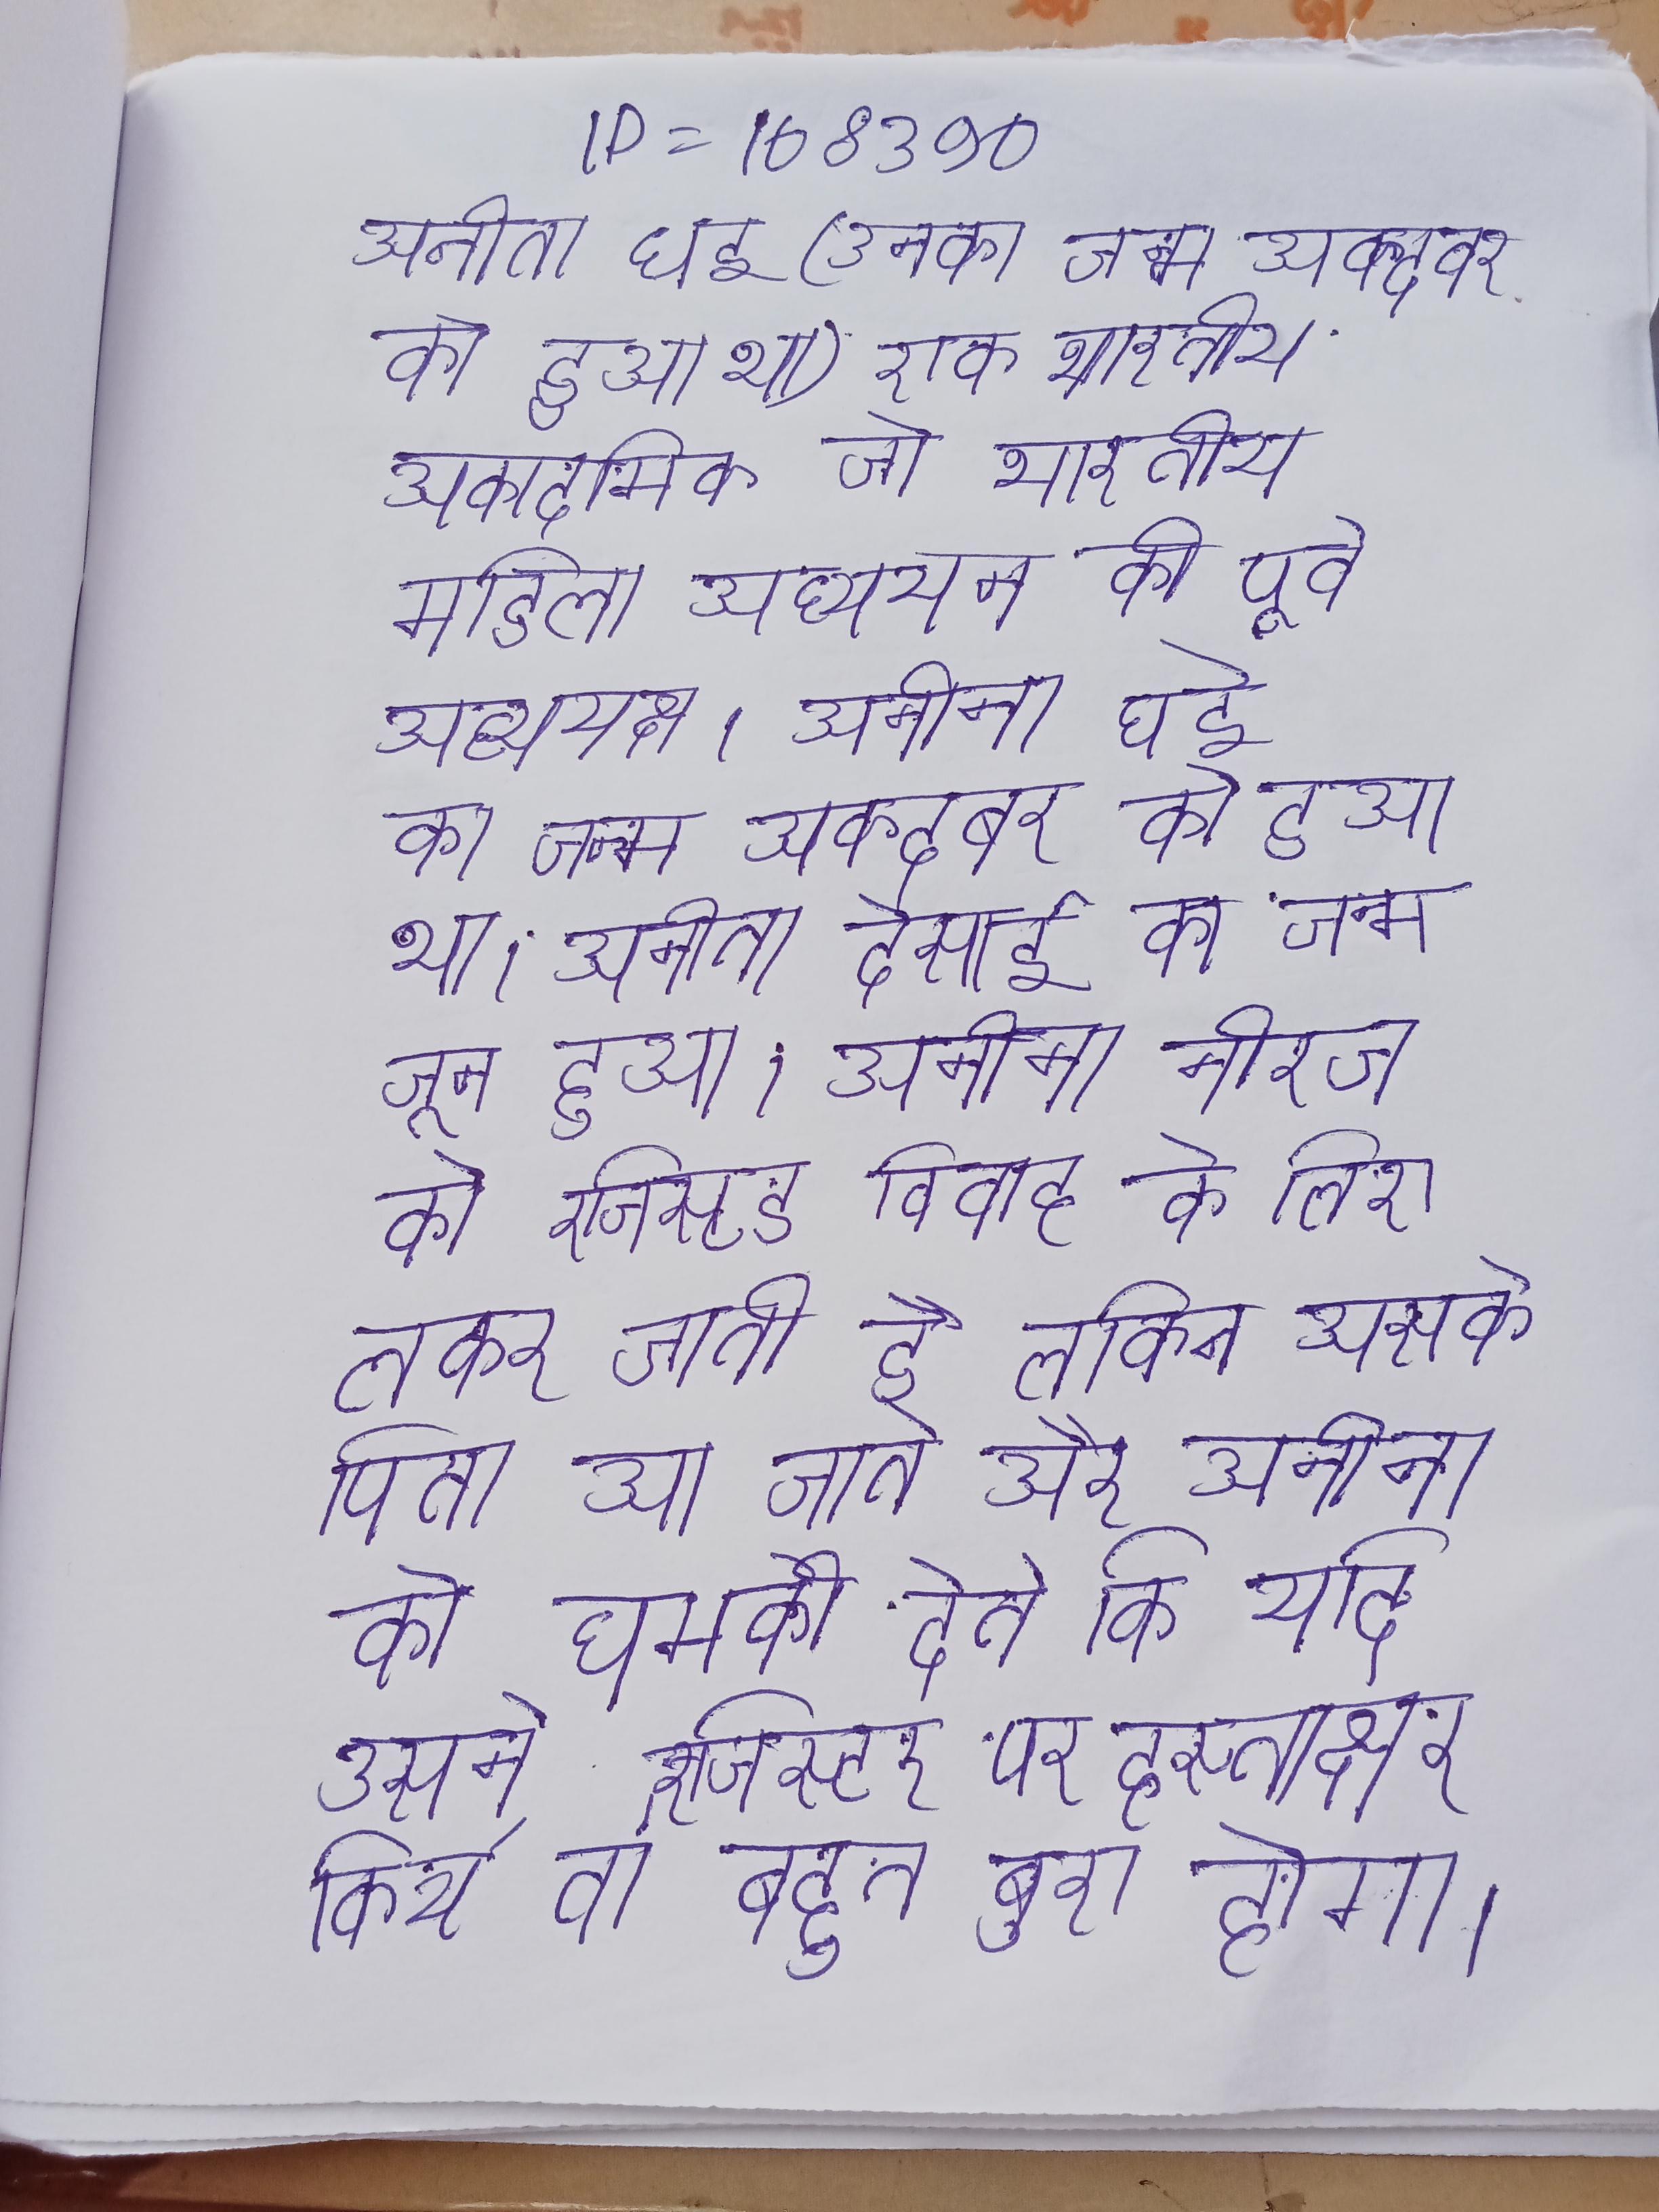
अनीता घई (उनका जन्म अक्टूबर को हुआ था) एक भारतीय अकादमिक जो भारतीय महिला अध्ययन की पूर्व अध्यक्ष । अनीता घई का जन्म अक्टूबर को हुआ था । अनीता देसाई का जन्म जून हुआ । अनीता नीरज को रजिस्टर्ड विवाह के लिए लेकर जाती है लेकिन उसके पिता आ जाते और अनीता को धमकी देते कि यदि उसने रजिस्टर पर हस्ताक्षर किये तो बहुत बुरा होगा ।